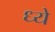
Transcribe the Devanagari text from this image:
ध्ये